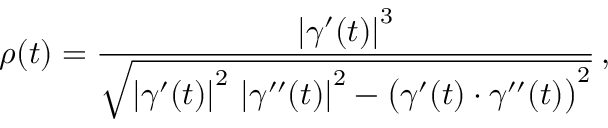
\rho ( t ) = { \frac { \left| { \boldsymbol { \gamma } } ^ { \prime } ( t ) \right| ^ { 3 } } { \sqrt { \left| { \boldsymbol { \gamma } } ^ { \prime } ( t ) \right| ^ { 2 } \, \left| { \boldsymbol { \gamma } } ^ { \prime \prime } ( t ) \right| ^ { 2 } - { \big ( } { \boldsymbol { \gamma } } ^ { \prime } ( t ) \cdot { \boldsymbol { \gamma } } ^ { \prime \prime } ( t ) { \big ) } ^ { 2 } } } } \, ,